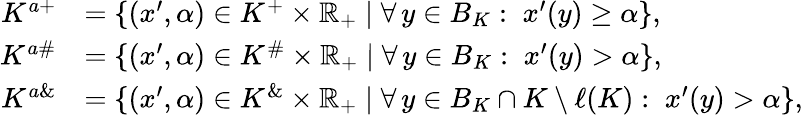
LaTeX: \begin{array}{rl}{K^{a+}}&{=\{ (x^{\prime},\alpha)\in K^{+}\times\mathbb{R}_{+}\mid\forall\, y\in B_{K}:\; x^{\prime}(y)\geq\alpha\} ,}\\ {K^{a\# }}&{=\{ (x^{\prime},\alpha)\in K^{\# }\times\mathbb{R}_{+}\mid\forall\, y\in B_{K}:\; x^{\prime}(y)>\alpha\} ,}\\ {K^{a\& }}&{=\{ (x^{\prime},\alpha)\in K^{\& }\times\mathbb{R}_{+}\mid\forall\, y\in B_{K}\cap K\setminus\ell(K):\; x^{\prime}(y)>\alpha\} ,}\end{array}